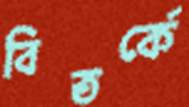
বিতর্কে